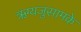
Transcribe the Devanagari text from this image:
ऋग्यजुसामके